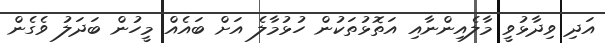
އަދި ވިދާޅުވީ މާލެއިންނާއި އަތޮޅުތަކުން ހުޅުމާލެ އަށް ބައެއް މީހުން ބަދަލު ވެގެން